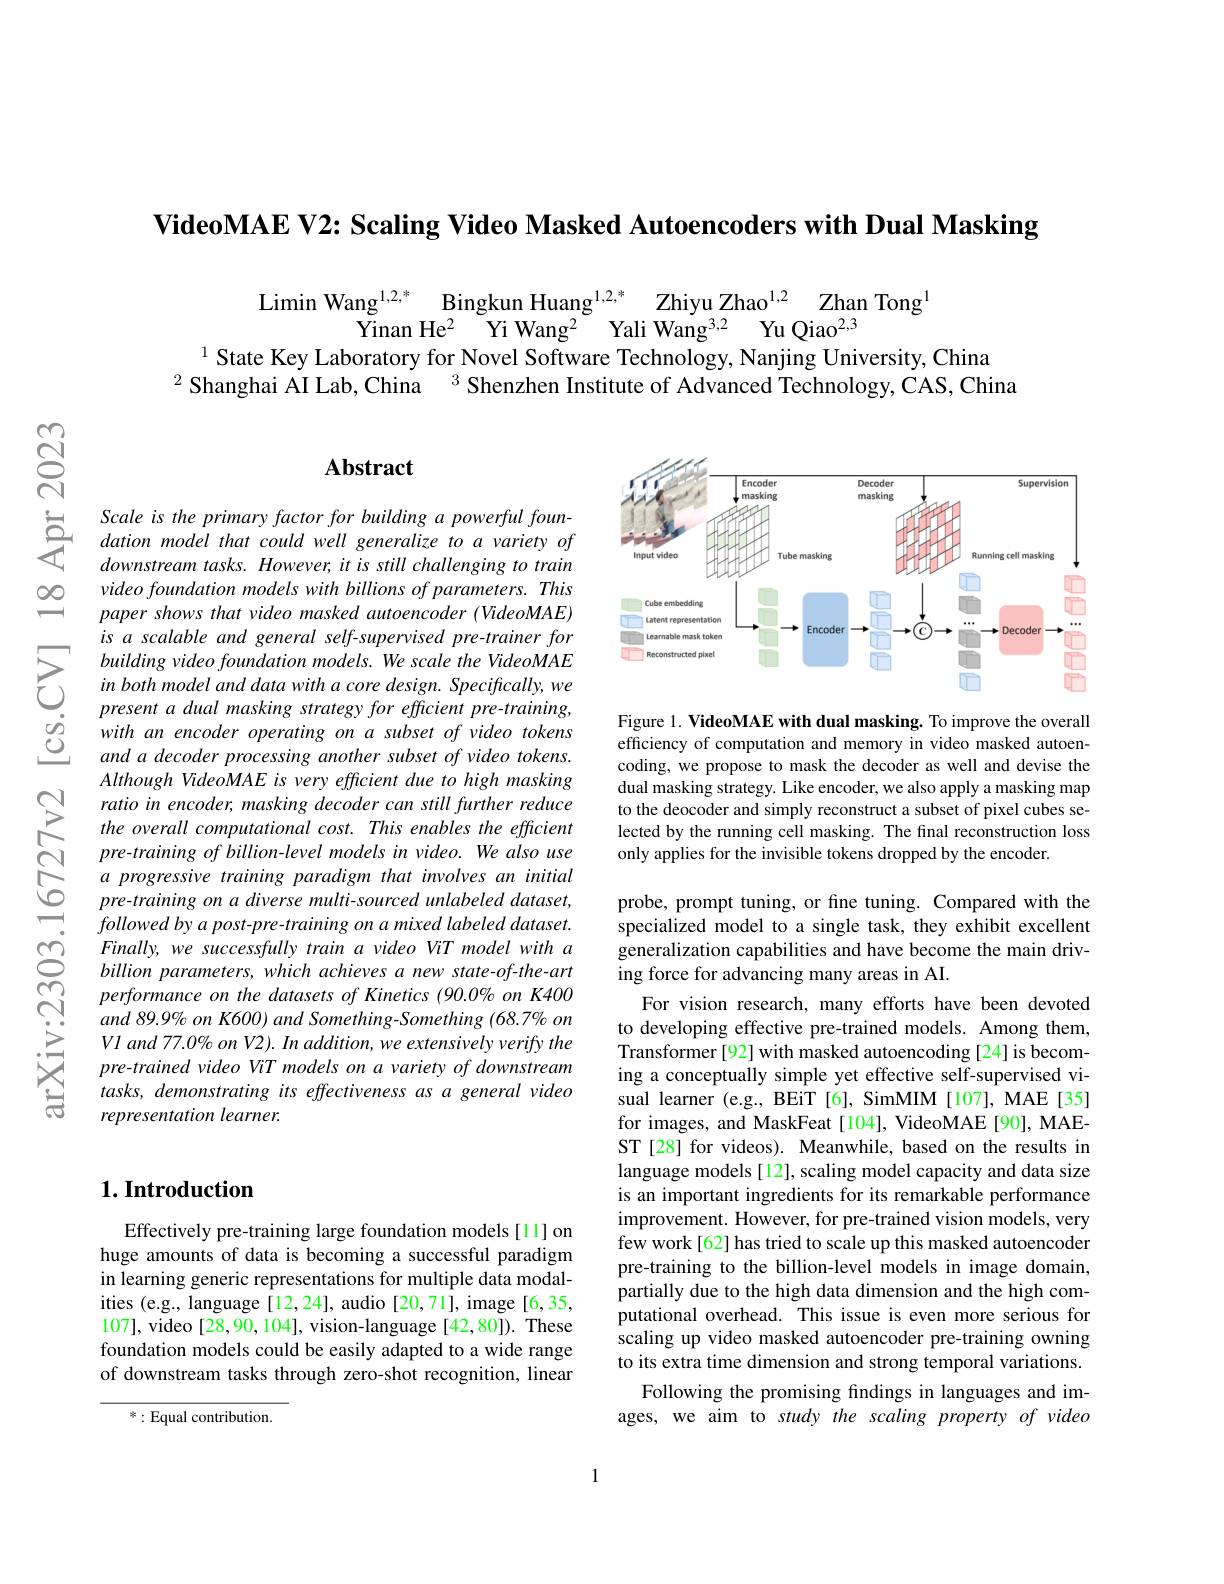
VideoMAE V2: Scaling Video Masked Autoencoders with Dual Masking

$\begin{array}{c}{\mathrm{Limin~Wang}^{1,2,*}}&{\mathrm{Bingkun~Huang}^{1,2,*}}&{\mathrm{Zhiyu~Zhao}^{1,2}}&{\mathrm{Zhan~Tong}^{1}}\\{\mathrm{Yinan~He}^{2}}&{\mathrm{Yi~Wang}^{2}}&{\mathrm{Yali~Wang}^{3,2}}&{\mathrm{Yu~Qiao}^{2,3}}\end{array}$
$^{1}$ State Key Laboratory for Novel Software Technology, Nanjing University, China
$^{2}$ Shanghai AI Lab, China $^{3}$ Shenzhen Institute of Advanced Technology, CAS, China

$ଟ୍ରି$

$ഇ$

## $\mathbf{Abstract}$

$\begin{array}{lll}&\text{Scale is the primary factor for building a powerful foun-}\\\text{Scale is the primary factor for building a powerful foun-}\\&\text{dation model that could well generalize to a variety of}\\&\text{downstream tasks. However, it is still challenging to train}\end{array}$
video foundation models with billions of parameters. This paper shows that video masked autoencoder (VideoMAE) is a scalable and general self-supervised pre-trainer for
$\sum_{\begin{array}{lll}&building~video~foundation~models.~We~scale~the~VideoMAE\\&in~both~model~and~data~with~a~core~design.~Specifically,~we\\.&present~a~dual~masking~strategy~for~efficient~pre-training,}\end{array}$ $\begin{array}{llll}{}present~a~dual~masking~strategy~for~ef\end{array}$
Although VideoMAE is very efficient due to high masking ratio in encoder, masking decoder can still further reduce the overall computational cost. This enables the efficient pre-training of billion-level models in video. We also use a progressive training paradigm that involves an initial pre-training on a diverse multi-sourced unlabeled dataset, followed by a post-pre-training on a mixed labeled dataset. Finally, we successfully train a video ViT model with a billion parameters, which achieves a new state-of-the-art performance on the datasets of Kinetics (90.0% on K400 and 89.9% on K600) and Something-Something (68.7% on $V1$ and 77.0% on V2). In addition, we extensively verify the pre-trained video ViT models on a variety of downstream tasks, demonstrating its effectiveness as a general video representation learner.

## $1. \textbf{Introduction}$

Effectively pre-training large foundation models [11] on huge amounts of data is becoming a successful paradigm in learning generic representations for multiple data modalities (e.g., language[12,24], audio [20,71], image [6,35, 107], video [28,90, 104], vision-language [42,80]). These foundation models could be easily adapted to a wide range of downstream tasks through zero-shot recognition, linear

*:Equal contribution.

<FigureHere>

Figure 1. VideoMAE with dual masking. To improve the overall efficiency of computation and memory in video masked autoencoding, we propose to mask the decoder as well and devise the dual masking strategy. Like encoder, we also apply a masking map to the deocoder and simply reconstruct a subset of pixel cubes selected by the running cell masking. The final reconstruction loss only applies for the invisible tokens dropped by the encoder

probe, prompt tuning, or fine tuning. Compared with the specialized model to a single task, they exhibit excellent generalization capabilities and have become the main driving force for advancing many areas in AI.

For vision research, many efforts have been devoted to developing effective pre-trained models. Among them, Transformer[92] with masked autoencoding[24] is becoming a conceptually simple yet effective self-supervised visual learner (e.g., BEiT [6], SimMIM[107], MAE[35] for images, and MaskFeat [104], VideoMAE [90], MAEST[28] for videos). Meanwhile, based on the results in language models [12], scaling model capacity and data size is an important ingredients for its remarkable performance improvement. However, for pre-trained vision models, very few work[62] has tried to scale up this masked autoencoder pre-training to the billion-level models in image domain, partially due to the high data dimension and the high computational overhead. This issue is even more serious for scaling up video masked autoencoder pre-training owning to its extra time dimension and strong temporal variations.
Following the promising findings in languages and images, we aim to study the scaling property of video

1